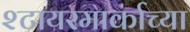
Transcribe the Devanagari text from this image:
श्टायरमार्काच्या